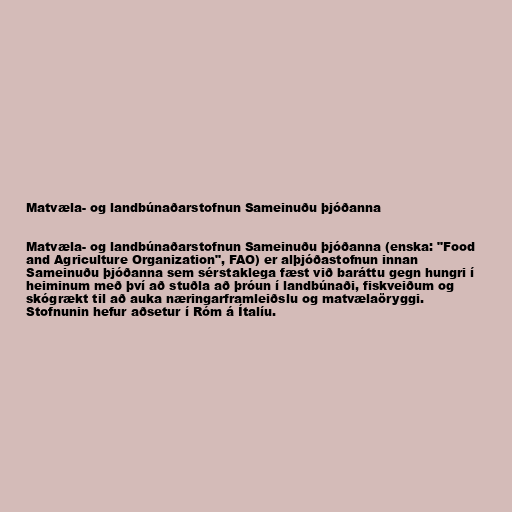
Matvæla- og landbúnaðarstofnun Sameinuðu þjóðanna

Matvæla- og landbúnaðarstofnun Sameinuðu þjóðanna (enska: "Food
and Agriculture Organization", FAO) er alþjóðastofnun innan
Sameinuðu þjóðanna sem sérstaklega fæst við baráttu gegn hungri í
heiminum með því að stuðla að þróun í landbúnaði, fiskveiðum og
skógrækt til að auka næringarframleiðslu og matvælaöryggi.
Stofnunin hefur aðsetur í Róm á Ítalíu.